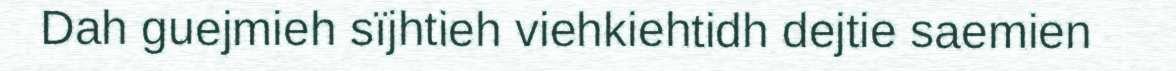
Dah guejmieh sïjhtieh viehkiehtidh dejtie saemien